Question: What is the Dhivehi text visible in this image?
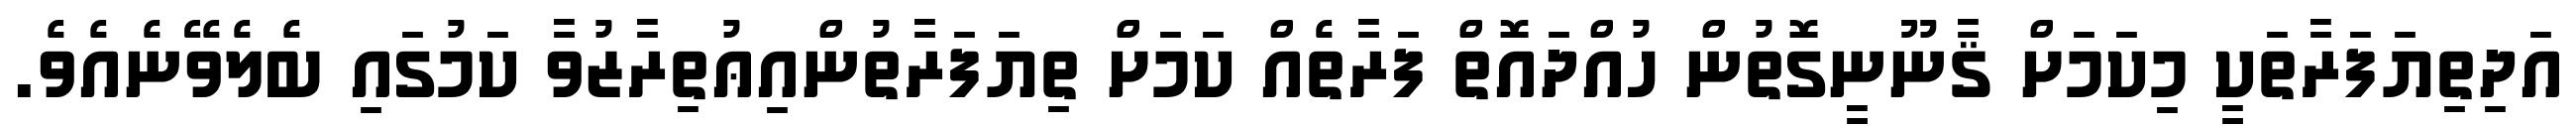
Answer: އަދިތިޔަފަރާތަކީ މިކަމަށް ޤާނޫނީގޮތުން ހުއްދައޮތް ފަރާތެއް ކަމަށް ތިޔަފަރާތުންއިޢުތިރާޒުވާ ކަމުގައި ބެލެވޭނެއެވެ.